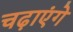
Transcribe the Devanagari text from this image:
चढ़ाएंगे